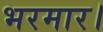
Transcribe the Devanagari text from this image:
भरमार।